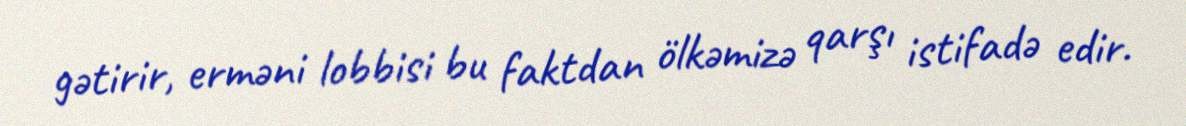
gətirir, erməni lobbisi bu faktdan ölkəmizə qarşı istifadə edir.